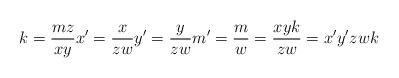
LaTeX: \begin{align*}k=\frac{mz}{xy}x'=\frac{x}{zw}y'=\frac{y}{zw}m'=\frac{m}{w}=\frac{xyk}{zw}=x'y'zwk\end{align*}